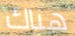
هناك